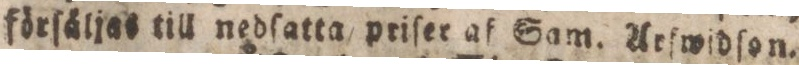
förſåljas till nedſatta priſer af Sam. Arfwidſon.